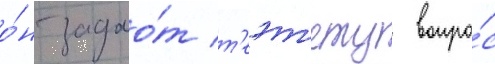
о́н задао́т т'еэт'ету вопро́с